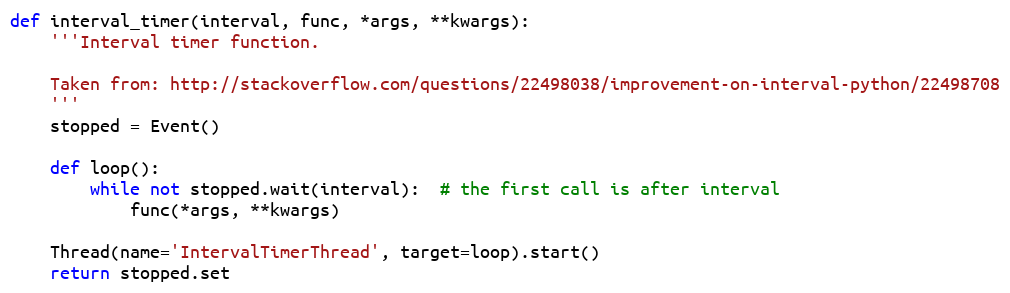
Language: Python
def interval_timer(interval, func, *args, **kwargs):
    '''Interval timer function.

    Taken from: http://stackoverflow.com/questions/22498038/improvement-on-interval-python/22498708
    '''
    stopped = Event()

    def loop():
        while not stopped.wait(interval):  # the first call is after interval
            func(*args, **kwargs)

    Thread(name='IntervalTimerThread', target=loop).start()
    return stopped.set